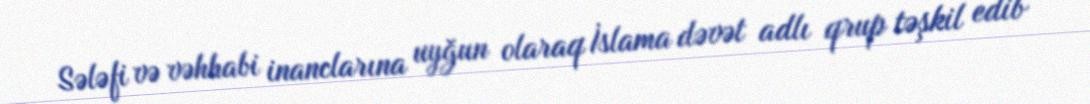
Sələfi və vəhhabi inanclarına uyğun olaraq İslama dəvət adlı qrup təşkil edib